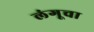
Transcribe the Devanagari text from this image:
लंगूचा